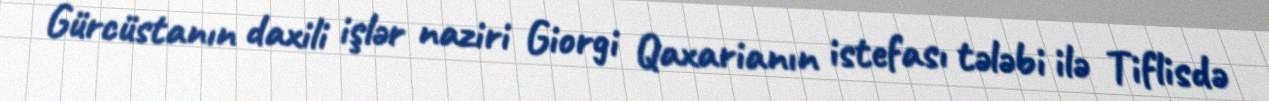
Gürcüstanın daxili işlər naziri Giorgi Qaxarianın istefası tələbi ilə Tiflisdə